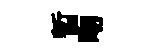
暫吻